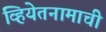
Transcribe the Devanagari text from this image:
व्हियेतनामाची